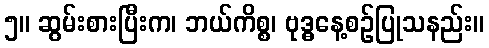
၅။ ဆွမ်းစားပြီးက၊ ဘယ်ကိစ္စ၊ ဗုဒ္ဓနေ့စဉ်ပြုသနည်း။